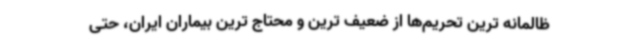
ظالمانه ترین تحریم‌ها از ضعیف ترین و محتاج ترین بیماران ایران، حتی